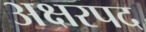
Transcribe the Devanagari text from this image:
अक्षरपद